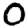
Digit: 0